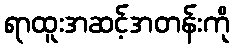
ရာထူးအဆင့်အတန်းကို